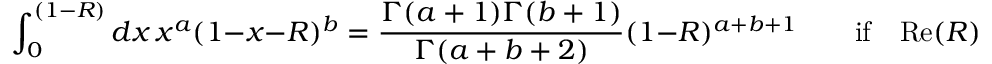
\int _ { 0 } ^ { ( 1 - R ) } d x \, x ^ { a } ( 1 - x - R ) ^ { b } = \frac { \Gamma ( a + 1 ) \Gamma ( b + 1 ) } { \Gamma ( a + b + 2 ) } ( 1 - R ) ^ { a + b + 1 } \qquad \mathrm { i f } \quad \mathrm { R e } ( R ) < 1 \quad \mathrm { a n d } \quad \mathrm { I m } ( R ) = 0